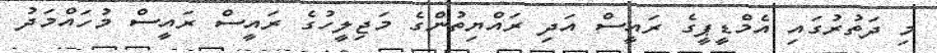
މި ދަތުރުގައި އެމްޑީޕީގެ ރައީސް އަދި ރައްޔިތުންގެ މަޖިލީހުގެ ރައީސް ރައީސް މުހައްމަދު